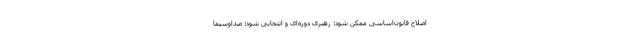
اصلاح قانون‌اساسی ممکن شود؛ رهبری دوره‌ای و انتخابی شود؛ صداوسیما